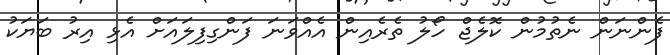
ފެންނަން ނެތުމުން ކޮލެޖް ހޯލު ތެރެއިން އެއްވަނަ ފަންގިފިލައަށް އެޅި އިރު ބަޔަކު